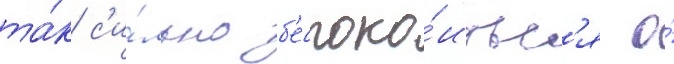
та́к с'и́льно б'еспоко́итьс'я о́